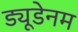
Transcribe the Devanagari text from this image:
ड्यूडेनम